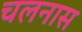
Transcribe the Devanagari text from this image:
चलनास